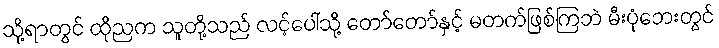
သို့ရာတွင် ထိုညက သူတို့သည် လင့်ပေါ်သို့ တော်တော်နှင့် မတက်ဖြစ်ကြဘဲ မီးပုံဘေးတွင်